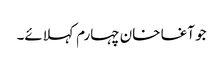
جو آغا خان چہارم کہلائے۔